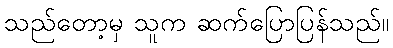
သည်တော့မှ သူက ဆက်ပြောပြန်သည်။